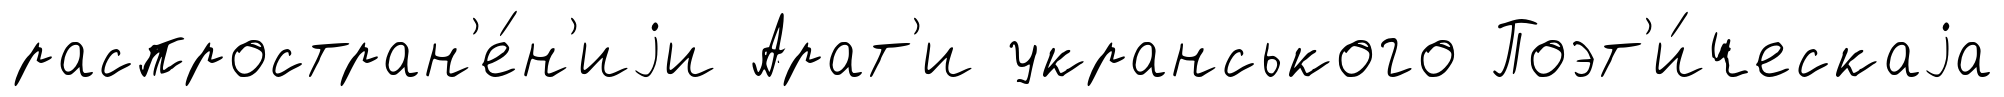
распростран'е́н'иjи Арат'и укранського Поэт'и́ческаjа